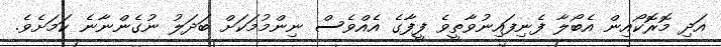
އަދި މޮރޮކޯއިން އެބޯލާ ފެނިފައިނުވާތީވެ ފީފާގެ އެއްވެސް ނިންމުމަކަށް ބަދަލު ނުގެންނާނެ ކަމަށެވެ.